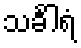
သင်္ခါရံ